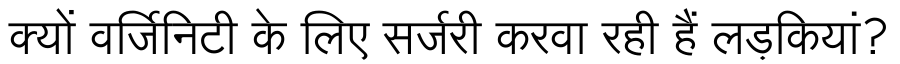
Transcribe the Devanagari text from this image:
क्यों वर्जिनिटी के लिए सर्जरी करवा रही हैं लड़कियां?